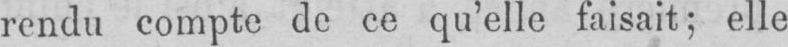
rendu compte de ce qu’elle faisait; elle